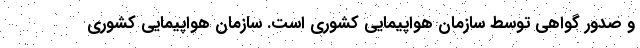
و صدور گواهی توسط سازمان هواپیمایی کشوری است. سازمان هواپیمایی کشوری